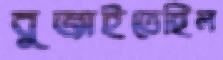
বুজাইতেছিল